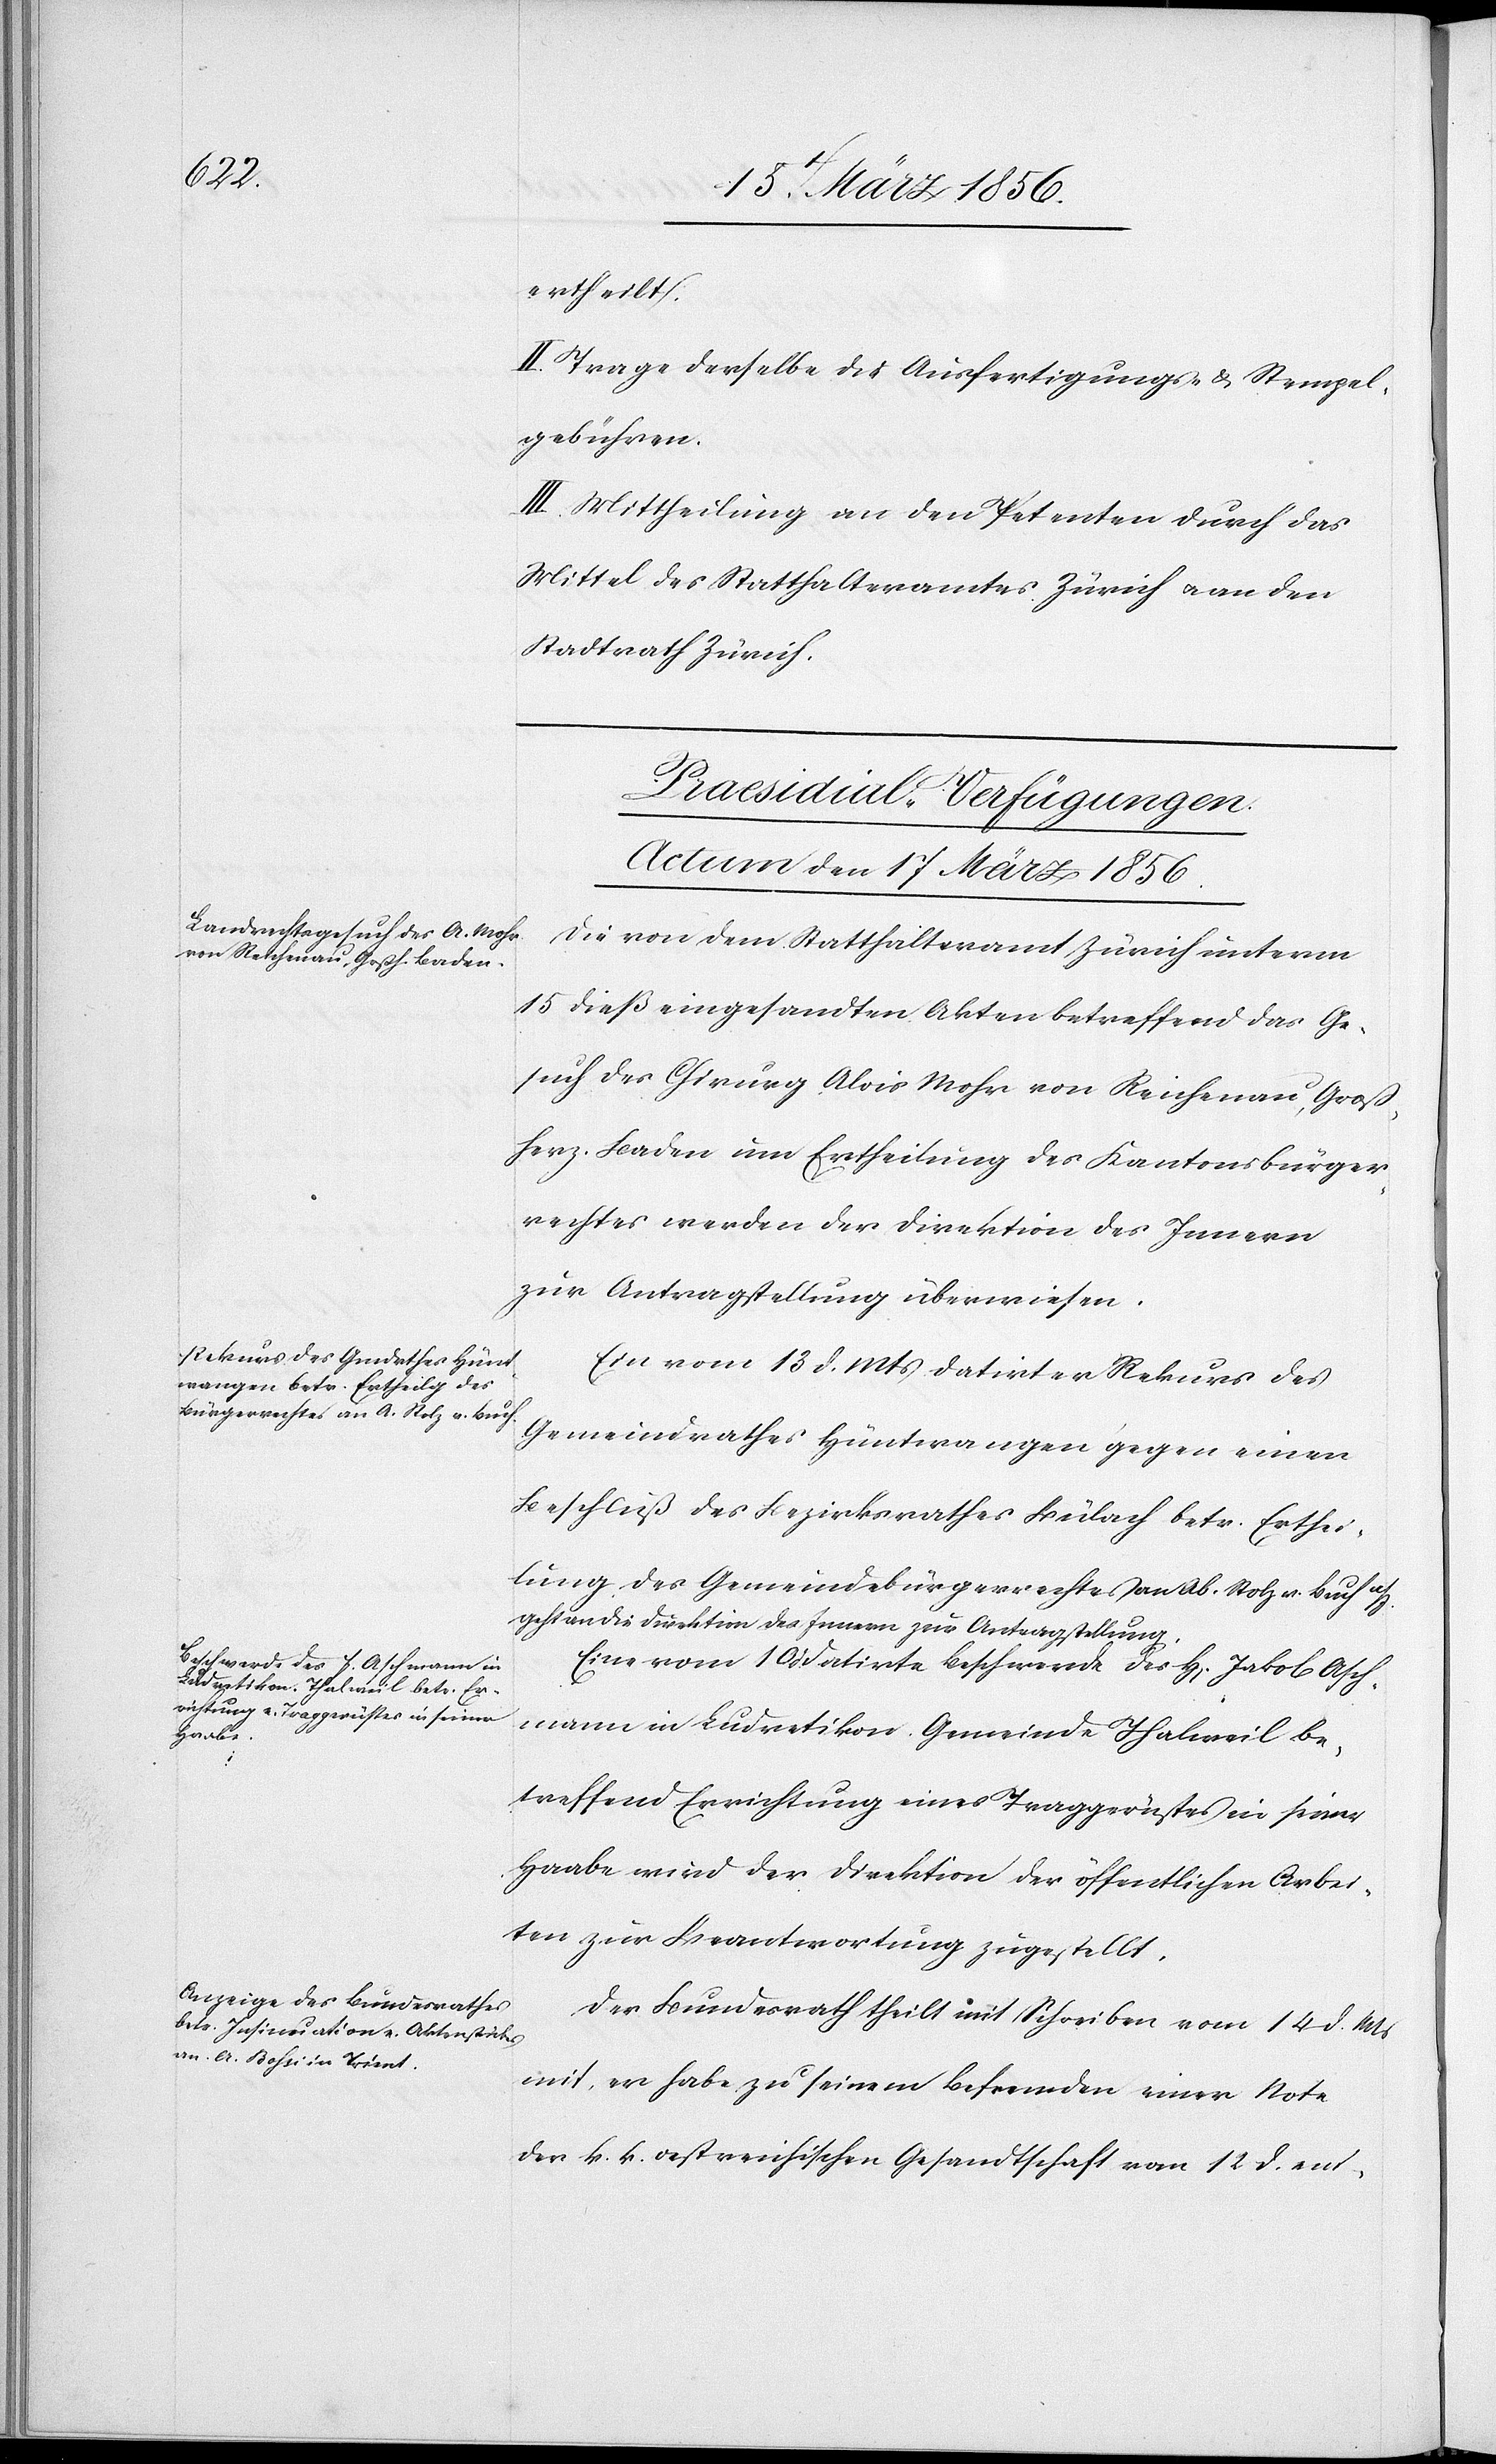
ertheilt.
II. Trage derselbe die Ausfertigungs- & Stempel¬
gebühren.
III. Mittheilung an den Petenten durch das
Mittel des Statthalteramtes Zürich u. an den
Stadtrath Zürich.
[Praesidial-Verfügungen.
Actum den 17 März 1856.]
Die von dem Statthalteramt Zürich unterm
15 dieß eingesandten Akten betreffend das Ge¬
such des Chirurg Alois Mohr von Reichenau, Groß¬
herz. Baden um Ertheilung des Kantonsbürger¬
rechtes werden der Direktion des Innern
zur Antragstellung überwiesen.
Ein vom 13 d. Mts datirter Rekurs des
Gemeindrathes Hüntwangen gegen einen
Beschluß des Bezirksrathes Bülach betr. Erthei¬
lung des Gemeindebürgerrechtes an Ab. Stolz v. Buch a/J.
geht an die Direktion des Innern zur Antragstellung.
Eine vom 10 datirte Beschwerde des H[errn] Jakob Asch¬
mann in Ludretikon. Gemeinde Thalweil be¬
treffend Errichtung eines Traggerüstes in seiner
Haabe wird der Direktion der öffentlichen Arbei¬
ten zur Beantwortung zugestellt.
Der Bundesrath theilt mit Schreiben vom 14 d. Mts
mit, er habe zu seinem Befremden einer Note
der k. k. oestreichischen Gesandtschaft vom 12 d. ent-